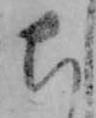
ち